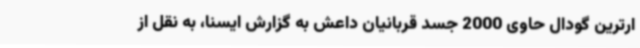
ارترین گودال حاوی 2000 جسد قربانیان داعش به گزارش ایسنا، به نقل از